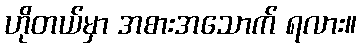
ဟိုတယ်မှာ အစားအသောက် ရလား။